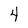
Character: 4